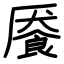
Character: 餍